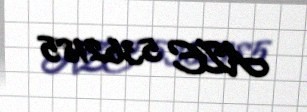
AZE 5362185